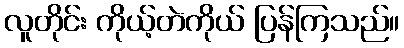
လူတိုင်း ကိုယ့်တဲကိုယ် ပြန်ကြသည်။